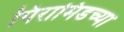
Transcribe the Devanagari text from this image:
पिरामिडच्या